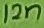
Text: 12n